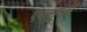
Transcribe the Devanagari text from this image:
एल्मनी